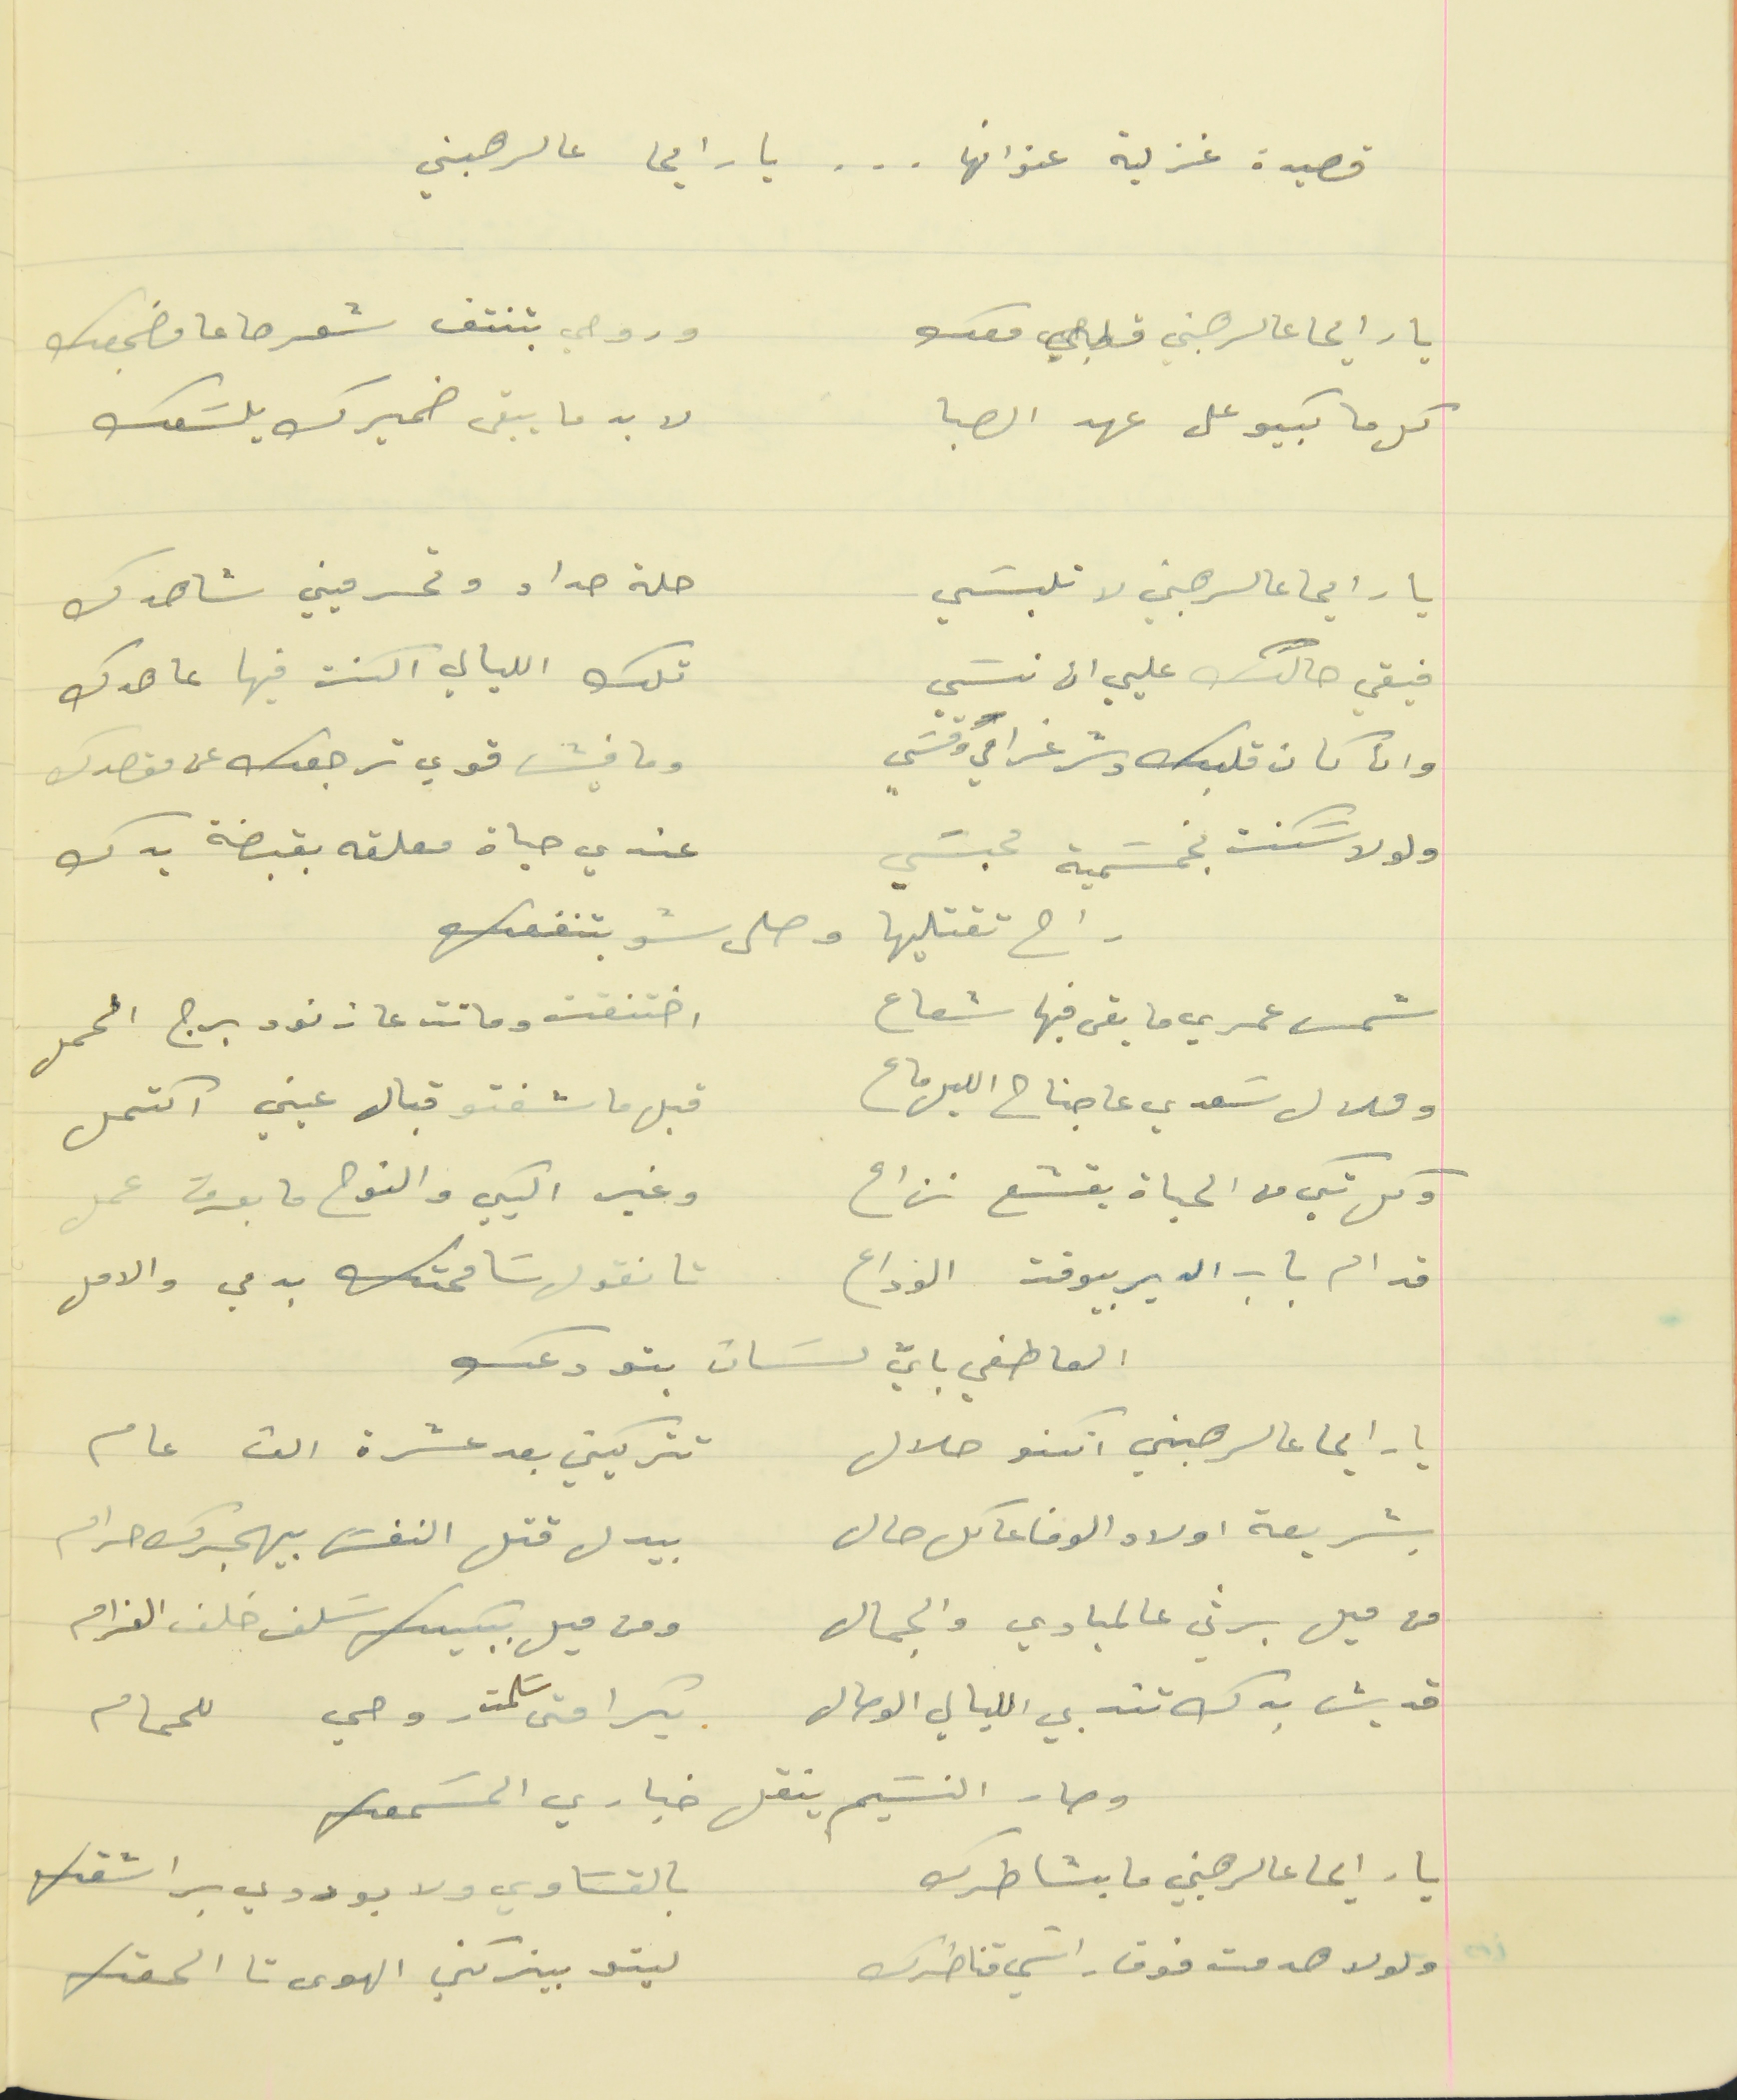
قصيدة غزلية عنوانها . . .  يا رايحا عالرهبني
يا رايحا عالرهبني قلبي معك                               وروحي بتنتف شعرها عا مضجعك
كل ما بكيو على عهد الصبا                                    لا بد ما يبقى ضميرك يلسَعك
يا رايحا عالرهبني لا تلبسَي                                      حلة حداد وتحرميني شاهدك
فيقي حالك عليي ان نسَي                                     تلك الليالي الكنت فيها عاهدك
وان كان قلبك وسّر غرامي وقسَي                           وما فيش قوي ترجعك عن مقصدك
ولولا سَكنت بخمسَمية محبسَي                              عندي حياة معلقه بقبضة يدك
راح تقتليها وصلى شو بتنفعك
شمس عمري ما بقى فيها شعاع       اختنقت وماتت عا زنود برج الحمل
وهلال سَعدي عاجناح الليل ماع         قبل ما شفتو قبال عيني اكتمل
وكل شكي من الحياة يقشع نزاع                                    وغير البكي والنوح ما بعرف عمل
قدام باب الدير بيوقف الوداع                                تا نقول سَامحتك بدمي والامل
العاطفي بايّ لسَان بتودعك
يارايحا عالرهبني انكنو حلال                                   تتركيني بعد عشرة الف عام
بشريعة اولاد الوفا عا كل حال                             بيدل قتل النفسَ بيهجرك حرام
من ميل برثي عالمبادي والجمال                            ومن ميل ببكيك سَلف خلف الغرام
قديش بدك تندبي الليالي الوصال                            بكرا متى سَلمت روحي للحمام
وصار النسَيم ينقل خباري المسَمعك
يا رايحا عالرهبني ما بشاطرك                                    بالقسَاوي ولا بوردي براشقك
ولولا هدمت فوق راسَي قناطرك                                ليتو بيتركني الهوى تا الحقك